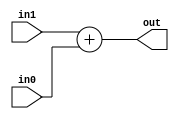
`timescale 1ns / 1ps
//////////////////////////////////////////////////////////////////////////////////


module sumator(
                input [3:0] in1,
                input [3:0] in0,
                output reg [4:0] out
                
    );
    
    always @(*)
    begin
    out=in1+in0;
    end
    
    
    
endmodule